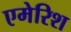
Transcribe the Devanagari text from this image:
एमेरिश